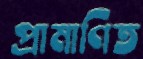
প্রামাণিত